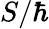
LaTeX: S/\hbar